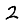
Digit: 2